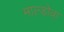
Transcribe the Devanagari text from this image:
माल्डोवा